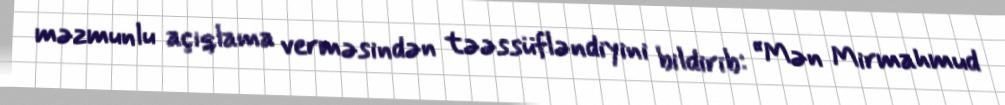
məzmunlu açıqlama verməsindən təəssüfləndiyini bildirib: “Mən Mirmahmud